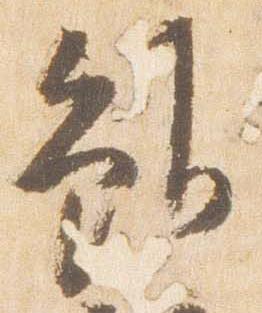
雖